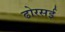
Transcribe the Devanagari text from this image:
ढोरसई